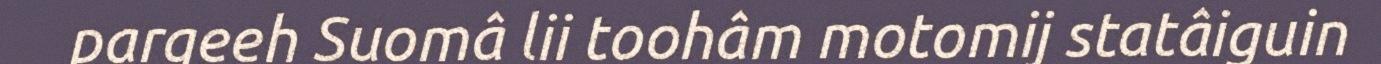
pargeeh Suomâ lii toohâm motomij statâiguin